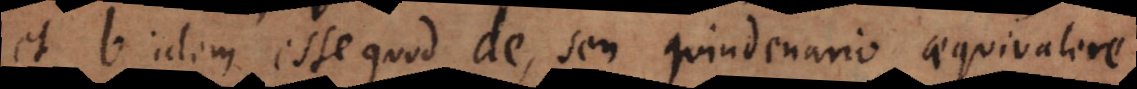
et b idem esse quod de, seu quindenario aequivalere